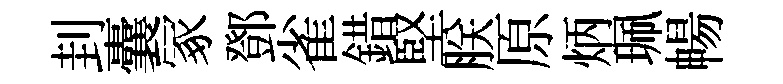
刲囊冢鄧雀錯堅朕原炳珮暢